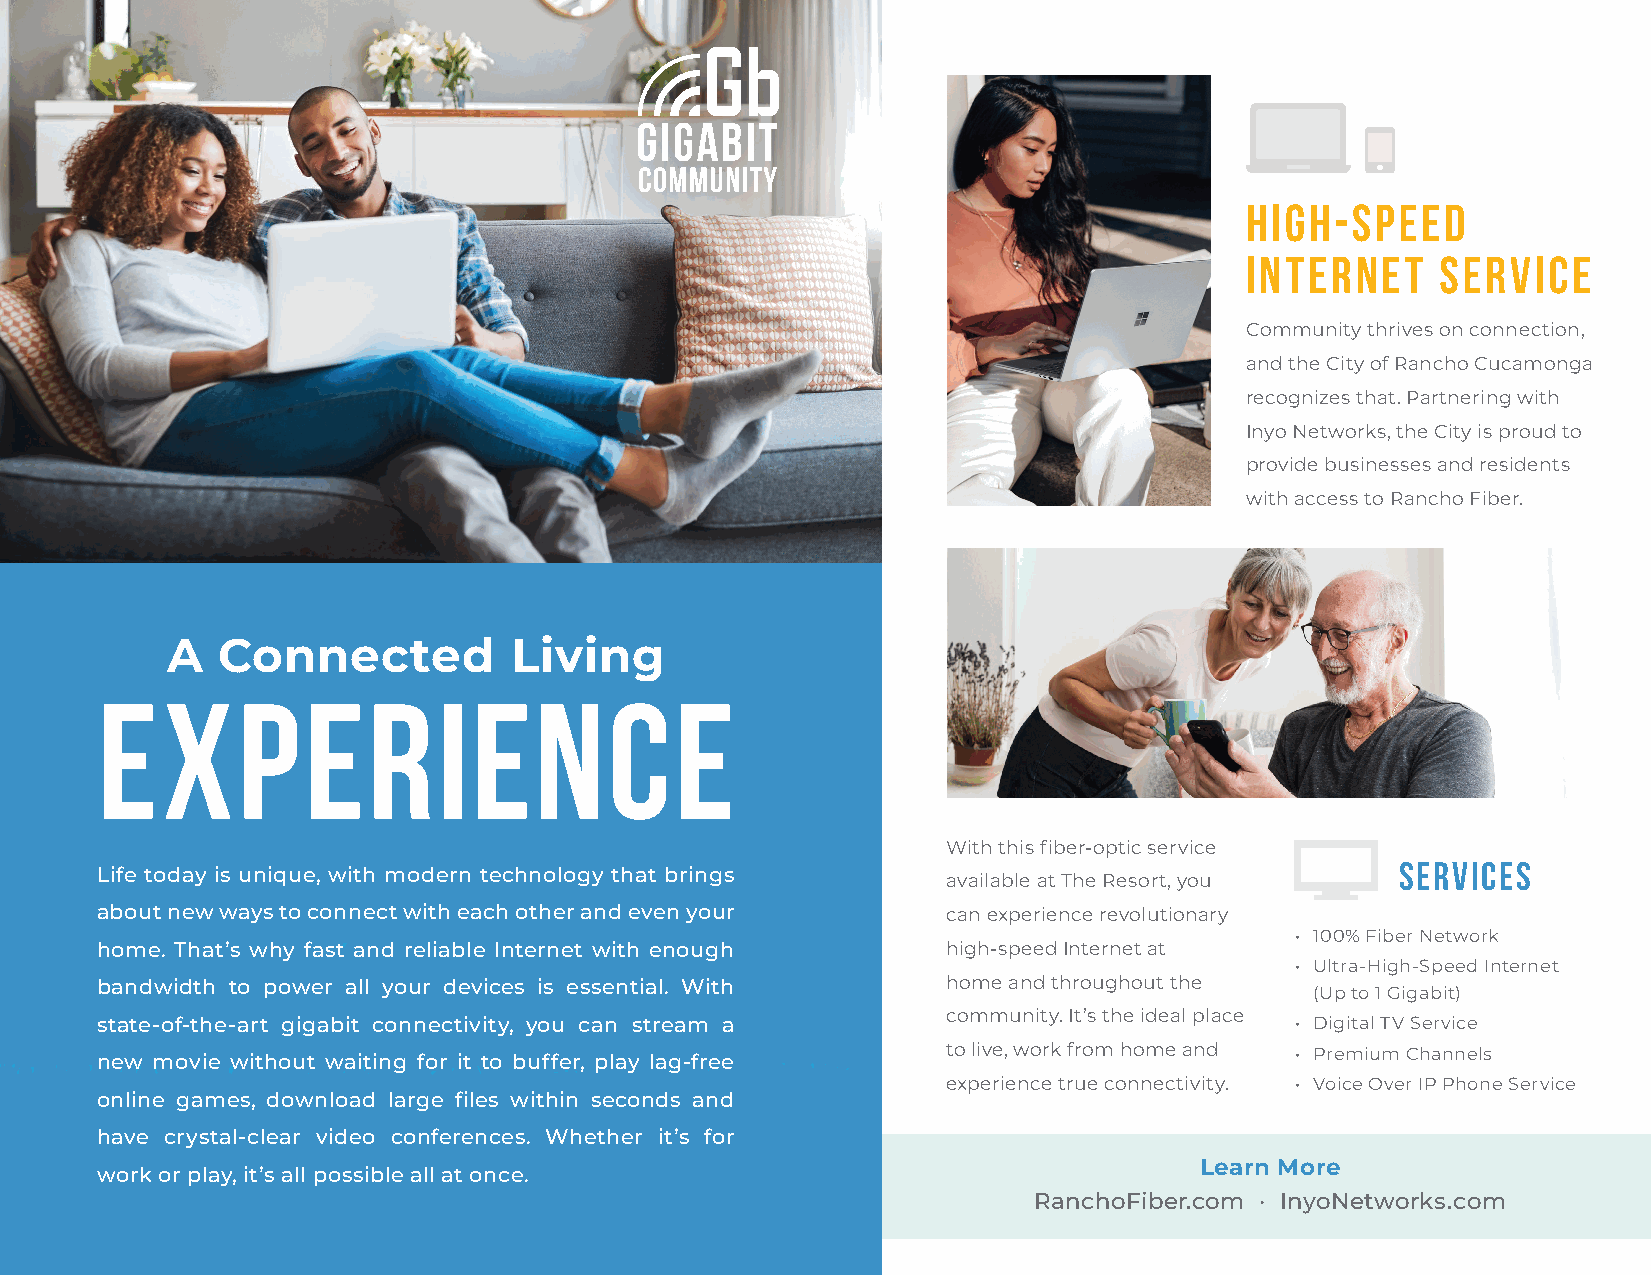
High-Speed
 Internet     Service
 Community thrives on connection,
 and the City of Rancho Cucamonga
 recognizes that. Partnering with
 Inyo Networks, the City is proud to
 provide businesses and residents
 with access to Rancho Fiber.
 A  Connected           Living
 Experience
 With this fiber-optic service
 Services
 Life today is unique, with modern technology that brings
 available at The Resort, you
 about new ways to connect with each other and even your  can experience revolutionary
 • 100% Fiber Network
 home. That’s why fast and reliable Internet with enough  high-speed Internet at
 • Ultra-High-Speed Internet
 bandwidth to power all your devices is essential. With   home and throughout the
 (Up to 1 Gigabit)
 community. It’s the ideal place
 state-of-the-art gigabit connectivity, you can stream a                         • Digital TV Service
 to live, work from home and • Premium Channels
 new movie without waiting for it to buffer, play lag-free
 experience true connectivity. • Voice Over IP Phone Service
 online games, download large files within seconds and
 have crystal-clear video conferences. Whether it’s for
 Learn More
 work or play, it’s all possible all at once.
 RanchoFiber.com · InyoNetworks.com